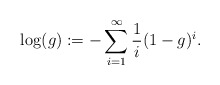
\begin{align*}\log (g):= - \sum_{i=1}^{\infty} \frac{1}{i} (1-g)^i.\end{align*}